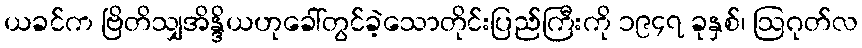
ယခင်က ဗြိတိသျှအိန္ဒိယဟုခေါ်တွင်ခဲ့သောတိုင်းပြည်ကြီးကို ၁၉၄၇ ခုနှစ်၊ ဩဂုတ်လ